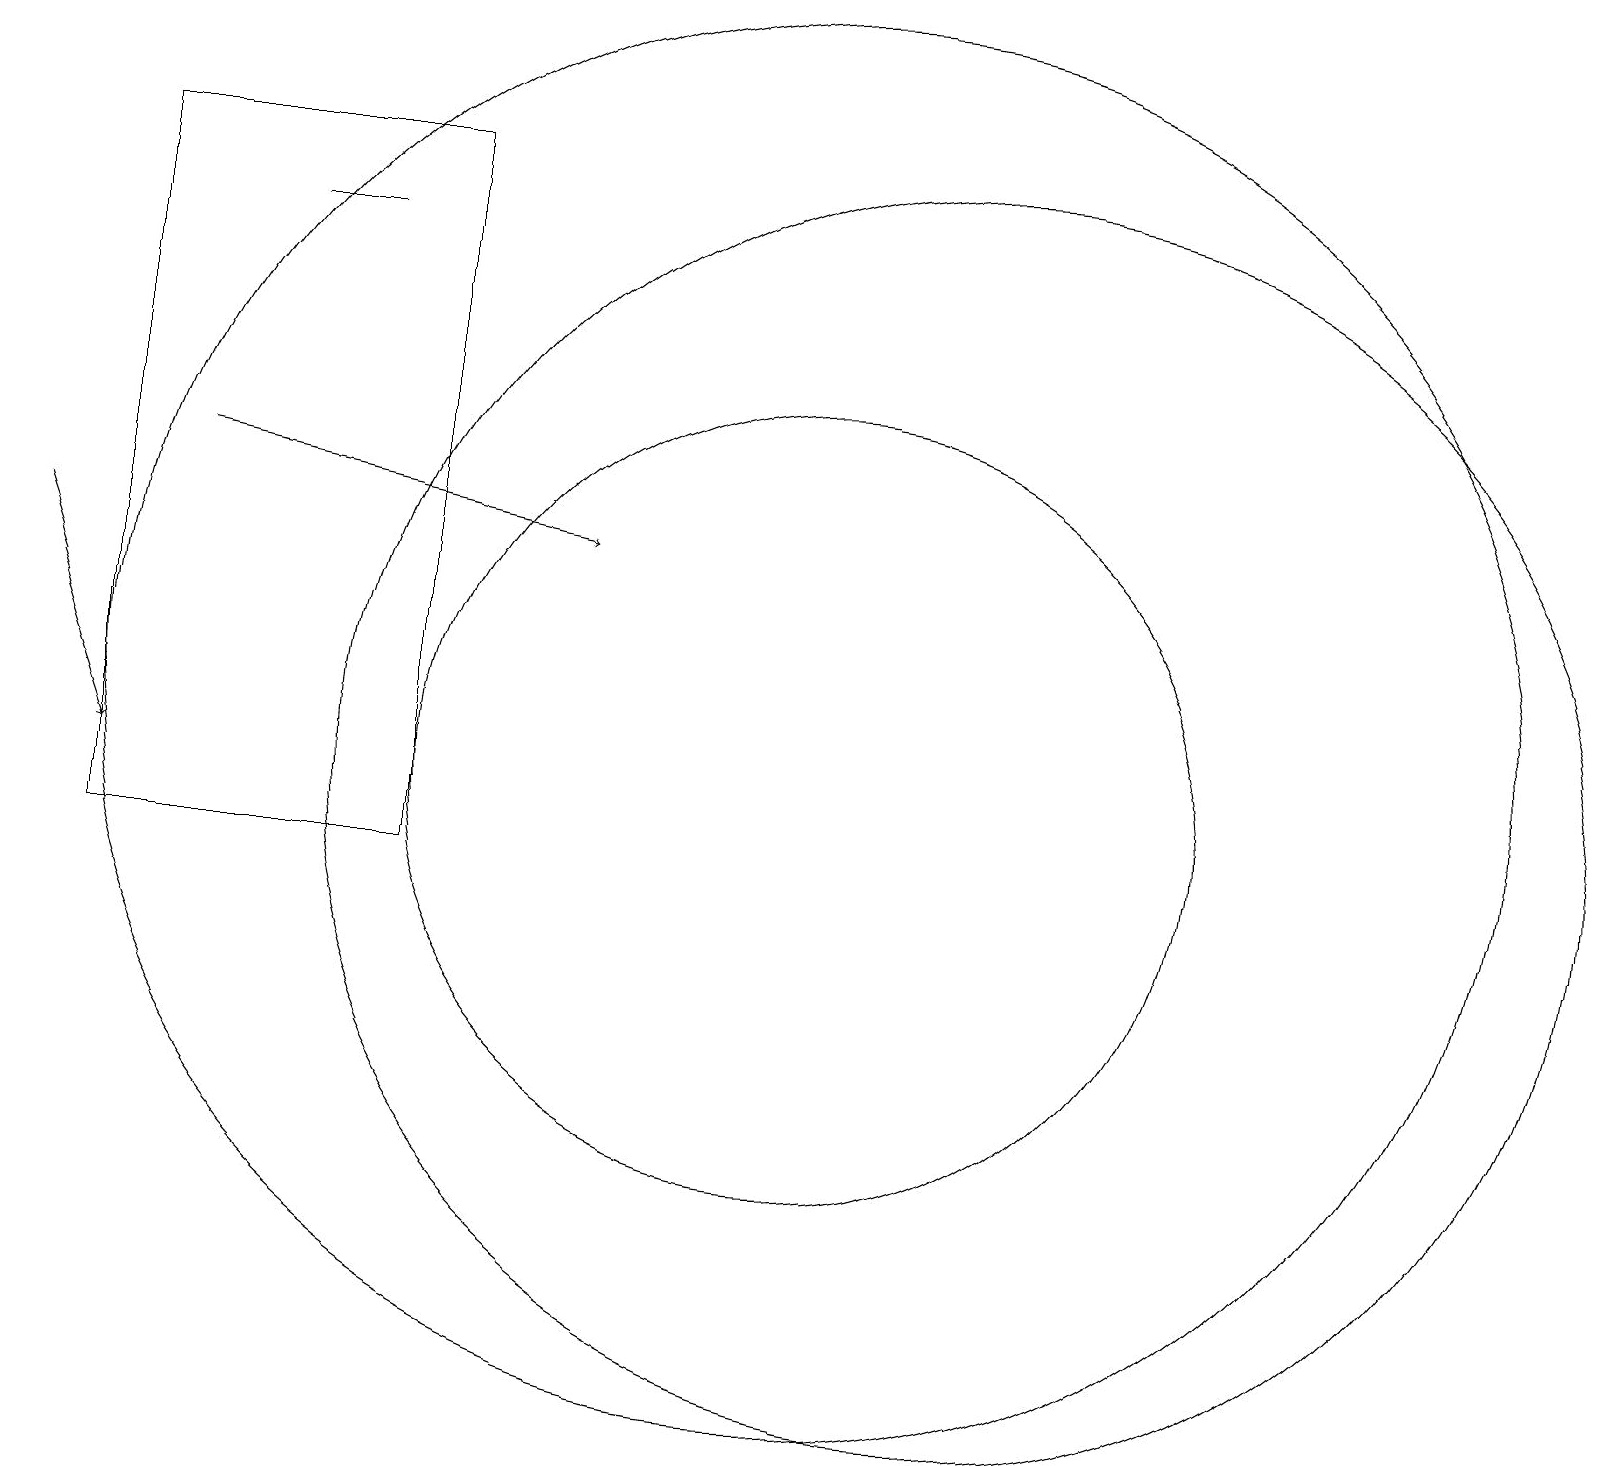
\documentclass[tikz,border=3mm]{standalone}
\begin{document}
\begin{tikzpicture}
\draw (10,12) circle (9);
\draw (4,18) rectangle (3,18);
\draw (12,11) circle (8);
\draw (5,19) rectangle (1,10);
\draw[->] (0,14) -- (1,11);
\draw (10,11) circle (5);
\draw[->] (2,15) -- (7,14);
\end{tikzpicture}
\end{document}